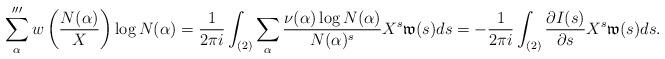
LaTeX: \begin{align*}\sum_{\alpha}''' w\left(\frac{N(\alpha)}{X}\right) \log N(\alpha) = \frac{1}{2\pi i} \int_{(2)} \sum_{\alpha} \frac{\nu(\alpha) \log N(\alpha)}{N(\alpha)^s} X^s \mathfrak{w}(s) ds= -\frac{1}{2\pi i} \int_{(2)} \frac{\partial I(s)}{\partial s} X^s \mathfrak{w}(s) ds.\end{align*}